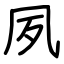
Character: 夙